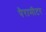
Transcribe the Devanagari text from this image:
पेरामीटर